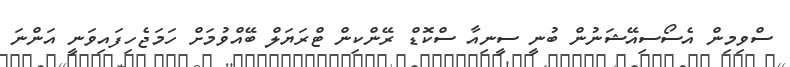
ސްވިމިން އެސޯސިއޭޝަނުން ބުނީ ސީނިއާ ސްކޮޑް ރޭންކިން ޓްރަޔަލް ބޭއްވުމަށް ހަމަޖެހިފައިވަނީ އަންނަ